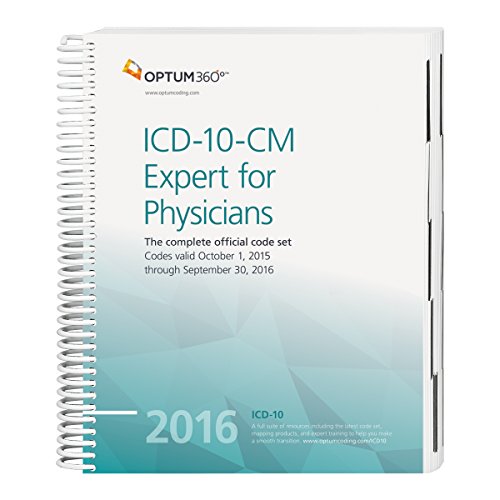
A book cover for ICD-10-CM Expert for Physicians 2016: The Complete Official Version (ICD-10-CM Expert for Physicians) (Icd-10-Cm Expert for Physicians Draft); Optum360; Medical Books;